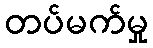
တပ်မက်မှု